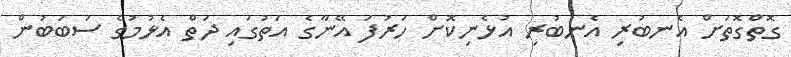
ގޮތްގޮތަށް އެނބުރި އެނބުރި އުޅެނިކޮށް ހަރުފަ އޭނާގެ އަތުގައި ދަތް އެޅުމުގެ ސަބަބުން